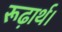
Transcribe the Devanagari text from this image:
रूढ़ार्थ।